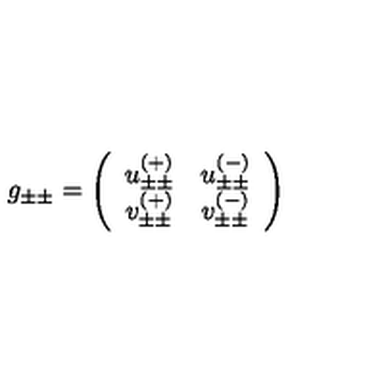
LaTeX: g _ { \pm \pm } = \left( \begin{array} { c c } { u _ { \pm \pm } ^ { ( + ) } } & { u _ { \pm \pm } ^ { ( - ) } } \\ { v _ { \pm \pm } ^ { ( + ) } } & { v _ { \pm \pm } ^ { ( - ) } } \\ \end{array} \right)